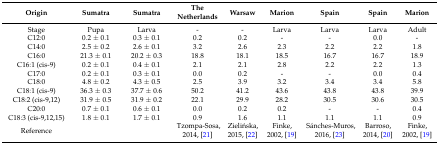
| Origin | Sumatra | Sumatra | The Netherlands | Warsaw | Marion | Spain | Spain | Marion |
 | --- | --- | --- | --- | --- | --- | --- | --- | --- |
 | Stage | Pupa | Larva | - | - | Larva | Larva | Larva | Adult |
 | C12:0 | 0.2 ± 0.1 | 0.3 ± 0.1 | 0.2 | 0.2 | - | - | 0.0 | - |
 | C14:0 | 2.5 ± 0.2 | 2.6 ± 0.1 | 3.2 | 2.6 | 2.3 | 2.2 | 2.2 | 1.8 |
 | C16:0 | 21.3 ± 0.1 | 20.2 ± 0.3 | 18.8 | 18.1 | 18.5 | 16.7 | 16.7 | 18.9 |
 | C16:1 (cis-9) | 0.2 ± 0.1 | 0.4 ± 0.1 | 2.1 | 2.1 | 2.8 | 2.2 | 2.2 | 1.3 |
 | C17:0 | 0.2 ± 0.1 | 0.3 ± 0.1 | 0.0 | 0.2 | - | - | 0.0 | 0.4 |
 | C18:0 | 4.8 ± 0.2 | 4.3 ± 0.5 | 2.5 | 3.9 | 3.2 | 3.4 | 3.4 | 5.8 |
 | C18:1 (cis-9) | 36.3 ± 0.3 | 37.7 ± 0.6 | 50.2 | 41.2 | 43.6 | 43.8 | 43.8 | 39.9 |
 | C18:2 (cis-9,12) | 31.9 ± 0.5 | 31.9 ± 0.2 | 22.1 | 29.9 | 28.2 | 30.5 | 30.6 | 30.5 |
 | C20:0 | 0.7 ± 0.1 | 0.6 ± 0.1 | 0.0 | 0.2 | 0.2 | - | - | 0.4 |
 | C18:3 (cis-9,12,15) | 1.8 ± 0.1 | 1.7 ± 0.1 | 0.9 | 1.6 | 1.1 | 1.1 | 1.1 | 0.9 |
 | Reference |  |  | Tzompa-Sosa, 2014, [21] | Zielińska, 2015, [22] | Finke, 2002, [19] | Sánches-Muros, 2016, [23] | Barroso, 2014, [20] | Finke, 2002, [19] |